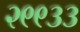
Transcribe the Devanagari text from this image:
२९९३३